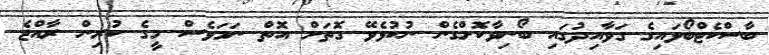
ބާސްކެޓްބޯޅައިގެ ގަވާއިދުގައި ބޯނިވާކޮށްގެން ނުކުޅެވޭ ގޮތަށް އޮތް ނަމަވެސް މީގެ ކުރިން ރާއްޖެ